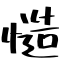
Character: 慥